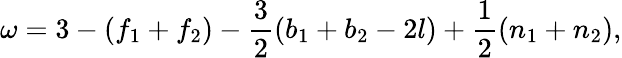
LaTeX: \omega=3-(f_{1}+f_{2})-\frac{3}{2}(b_{1}+b_{2}-2l)+\frac{1}{2}(n_{1}+n_{2}),